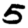
Digit: 5